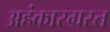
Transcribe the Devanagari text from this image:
अहंकारग्रस्त